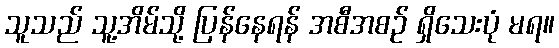
သူသည် သူ့အိမ်သို့ ပြန်နေရန် အစီအစဉ် ရှိသေးပုံ မရ။